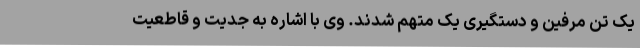
یک تن مرفین و دستگیری یک متهم شدند. وی با اشاره به جدیت و قاطعیت